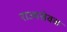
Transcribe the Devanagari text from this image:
राज्यसेवक